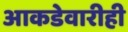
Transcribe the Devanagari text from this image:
आकडेवारीही